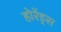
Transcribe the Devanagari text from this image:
होरेंड्स